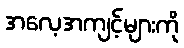
အလေ့အကျင့်များကို